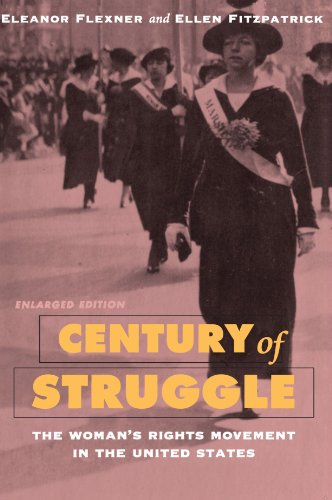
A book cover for Century of Struggle: The Woman's Rights Movement in the United States, Enlarged Edition; Eleanor Flexner; Gay & Lesbian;